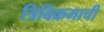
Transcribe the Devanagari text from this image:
त्रिविक्रमाची